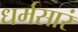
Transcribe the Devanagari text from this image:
धर्मसारं